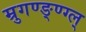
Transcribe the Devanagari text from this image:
म्रुगण्ङ्ण्ग्ल्